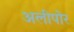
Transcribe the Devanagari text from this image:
अलीपोर